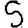
Digit: 5